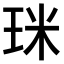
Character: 𤥄